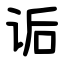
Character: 诟